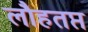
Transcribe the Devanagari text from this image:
लौहतप्त